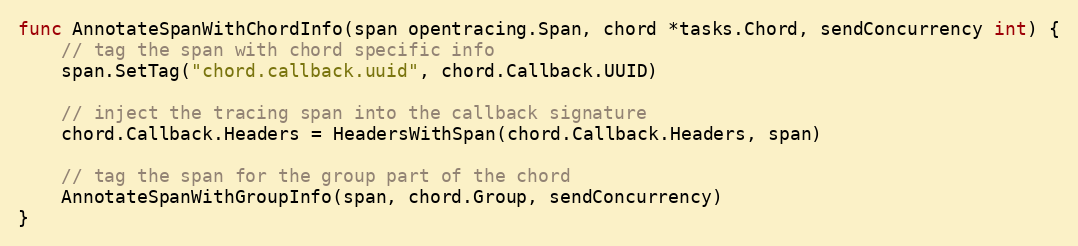
Language: Go
func AnnotateSpanWithChordInfo(span opentracing.Span, chord *tasks.Chord, sendConcurrency int) {
	// tag the span with chord specific info
	span.SetTag("chord.callback.uuid", chord.Callback.UUID)

	// inject the tracing span into the callback signature
	chord.Callback.Headers = HeadersWithSpan(chord.Callback.Headers, span)

	// tag the span for the group part of the chord
	AnnotateSpanWithGroupInfo(span, chord.Group, sendConcurrency)
}